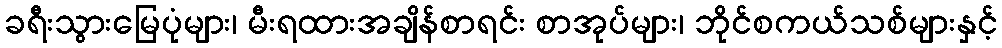
ခရီးသွားမြေပုံများ၊ မီးရထားအချိန်စာရင်း စာအုပ်များ၊ ဘိုင်စကယ်သစ်များနှင့်